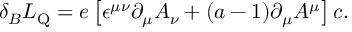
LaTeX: \delta _ { B } { \cal L } _ { \mathrm { Q } } = e \left[ \epsilon ^ { \mu \nu } \partial _ { \mu } A _ { \nu } + ( a - 1 ) \partial _ { \mu } A ^ { \mu } \right] c .